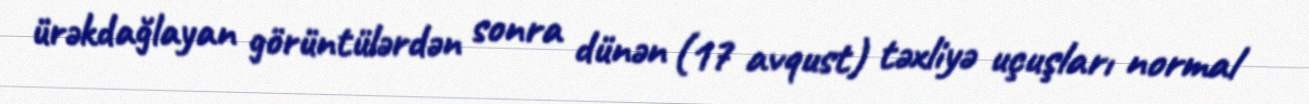
ürəkdağlayan görüntülərdən sonra dünən (17 avqust) təxliyə uçuşları normal